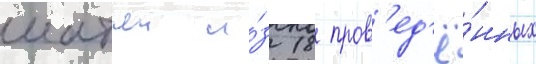
матчеи и́з 18 пров'ед'ё́нных